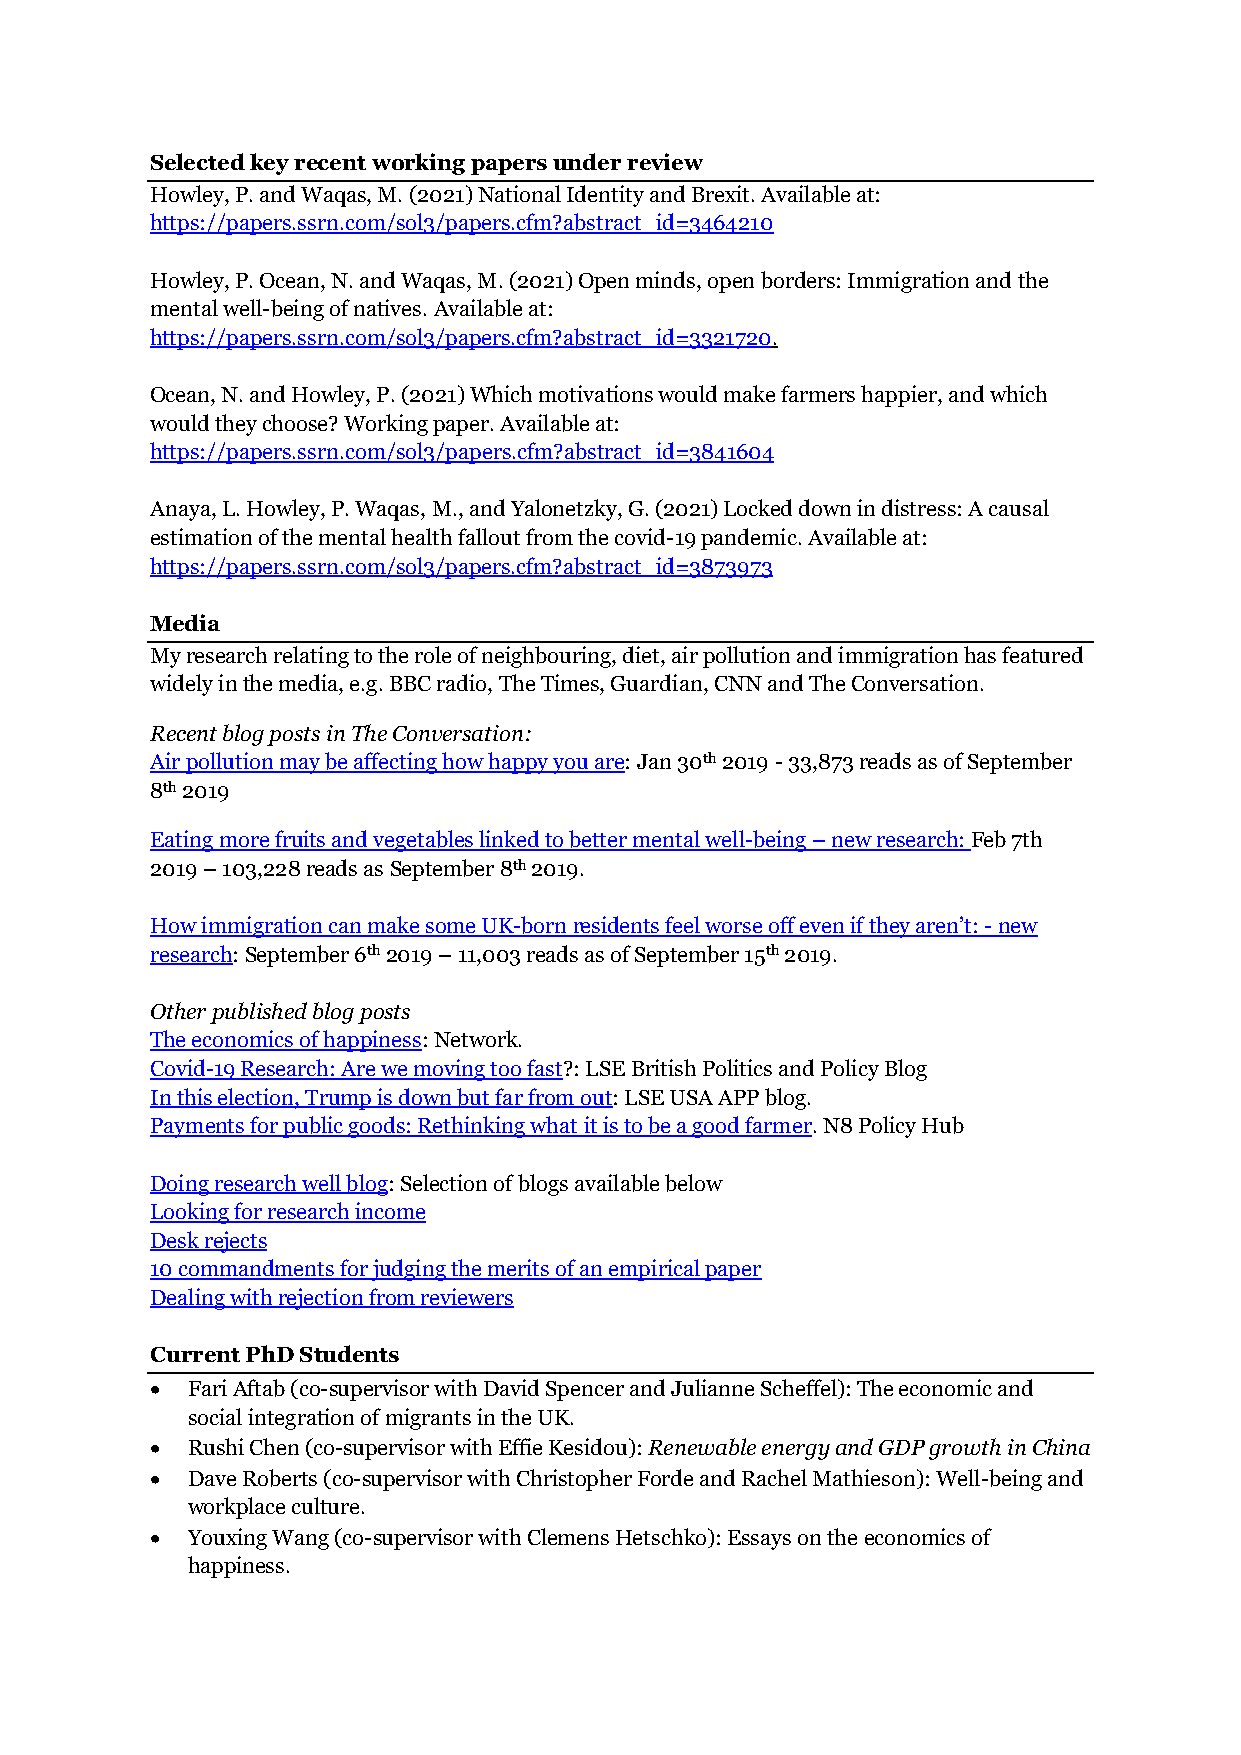
Selected key recent working papers under review
 Howley, P. and Waqas, M. (2021) National Identity and Brexit. Available at:
 https://papers.ssrn.com/sol3/papers.cfm?abstract_id=3464210
 Howley, P. Ocean, N. and Waqas, M. (2021) Open minds, open borders: Immigration and the
 mental well-being of natives. Available at:
 https://papers.ssrn.com/sol3/papers.cfm?abstract_id=3321720.
 Ocean, N. and Howley, P. (2021) Which motivations would make farmers happier, and which
 would they choose? Working paper. Available at:
 https://papers.ssrn.com/sol3/papers.cfm?abstract_id=3841604
 Anaya, L. Howley, P. Waqas, M., and Yalonetzky, G. (2021) Locked down in distress: A causal
 estimation of the mental health fallout from the covid-19 pandemic. Available at:
 https://papers.ssrn.com/sol3/papers.cfm?abstract_id=3873973
 Media
 My research relating to the role of neighbouring, diet, air pollution and immigration has featured
 widely in the media, e.g. BBC radio, The Times, Guardian, CNN and The Conversation.
 Recent blog posts in The Conversation:
 Air pollution may be affecting how happy you are: Jan 30th 2019 - 33,873 reads as of September
 8th 2019
 Eating more fruits and vegetables linked to better mental well-being – new research: Feb 7th
 2019 – 103,228 reads as September 8th 2019.
 How immigration can make some UK-born residents feel worse off even if they aren’t: - new
 research: September 6th 2019 – 11,003 reads as of September 15th 2019.
 Other published blog posts
 The economics of happiness: Network.
 Covid-19 Research: Are we moving too fast?: LSE British Politics and Policy Blog
 In this election, Trump is down but far from out: LSE USA APP blog.
 Payments for public goods: Rethinking what it is to be a good farmer. N8 Policy Hub
 Doing research well blog: Selection of blogs available below
 Looking for research income
 Desk rejects
 10 commandments for judging the merits of an empirical paper
 Dealing with rejection from reviewers
 Current PhD Students
  Fari Aftab (co-supervisor with David Spencer and Julianne Scheffel): The economic and
 social integration of migrants in the UK.
  Rushi Chen (co-supervisor with Effie Kesidou): Renewable energy and GDP growth in China
  Dave Roberts (co-supervisor with Christopher Forde and Rachel Mathieson): Well-being and
 workplace culture.
  Youxing Wang (co-supervisor with Clemens Hetschko): Essays on the economics of
 happiness.